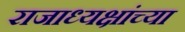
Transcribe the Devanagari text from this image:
राजाध्यक्षांच्या